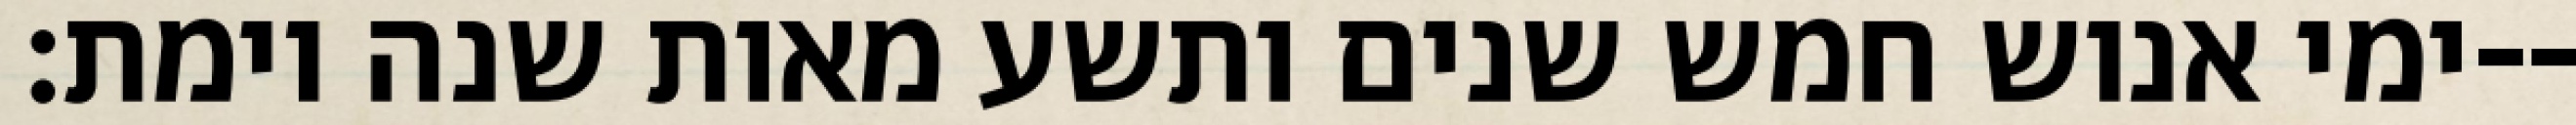
ימי אנוש חמש שנים ותשע מאות שנה וימת׃--